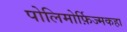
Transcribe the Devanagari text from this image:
पोलिमोर्फ़िज्मकहा